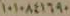
١٠١٠٨٤١٦٩٠